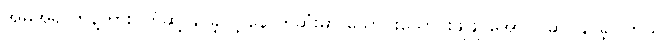
အမိအရ ဟန့်တားပိတ်ဆို့ နိုင်ခဲ့လို့ နောက်ဆုံးမှာ သောင်းသောင်းဖျဖျ အောင်ပွဲဆင်နိုင်ခဲ့ပါတယ်။